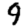
Digit: 9